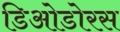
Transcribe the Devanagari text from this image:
डिओडोरस